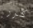
كرر